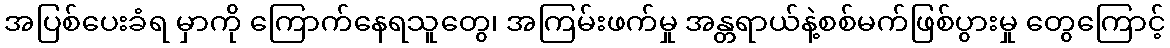
အပြစ်ပေးခံရ မှာကို ကြောက်နေရသူတွေ၊ အကြမ်းဖက်မှု အန္တရာယ်နဲ့စစ်မက်ဖြစ်ပွားမှု တွေကြောင့်